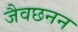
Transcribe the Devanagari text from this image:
जैवछनन